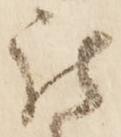
被